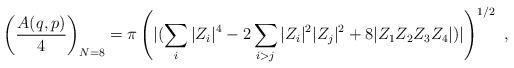
LaTeX: \begin{align*}\left ({A(q,p) \over 4}\right )_{N=8}= \pi \left( { |(\sum\limits_i |Z_i|^4 -2\sum\limits_{i>j} |Z_i|^2 |Z_j|^2 + 8|Z_1 Z_2 Z_3 Z_4| })| \right)^{1/2}\ ,\end{align*}